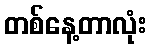
တစ်နေ့တာလုံး